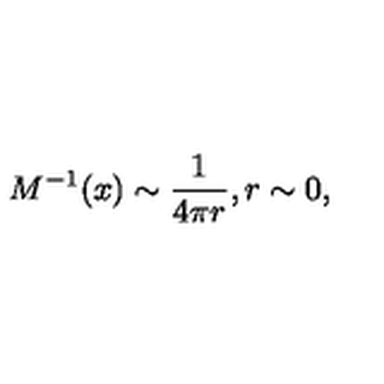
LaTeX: M ^ { - 1 } ( x ) \sim \frac { 1 } { 4 \pi r } , r \sim 0 ,